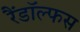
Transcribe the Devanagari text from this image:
रैंडॉल्फस